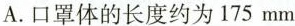
A.口罩体的长度约为175mm